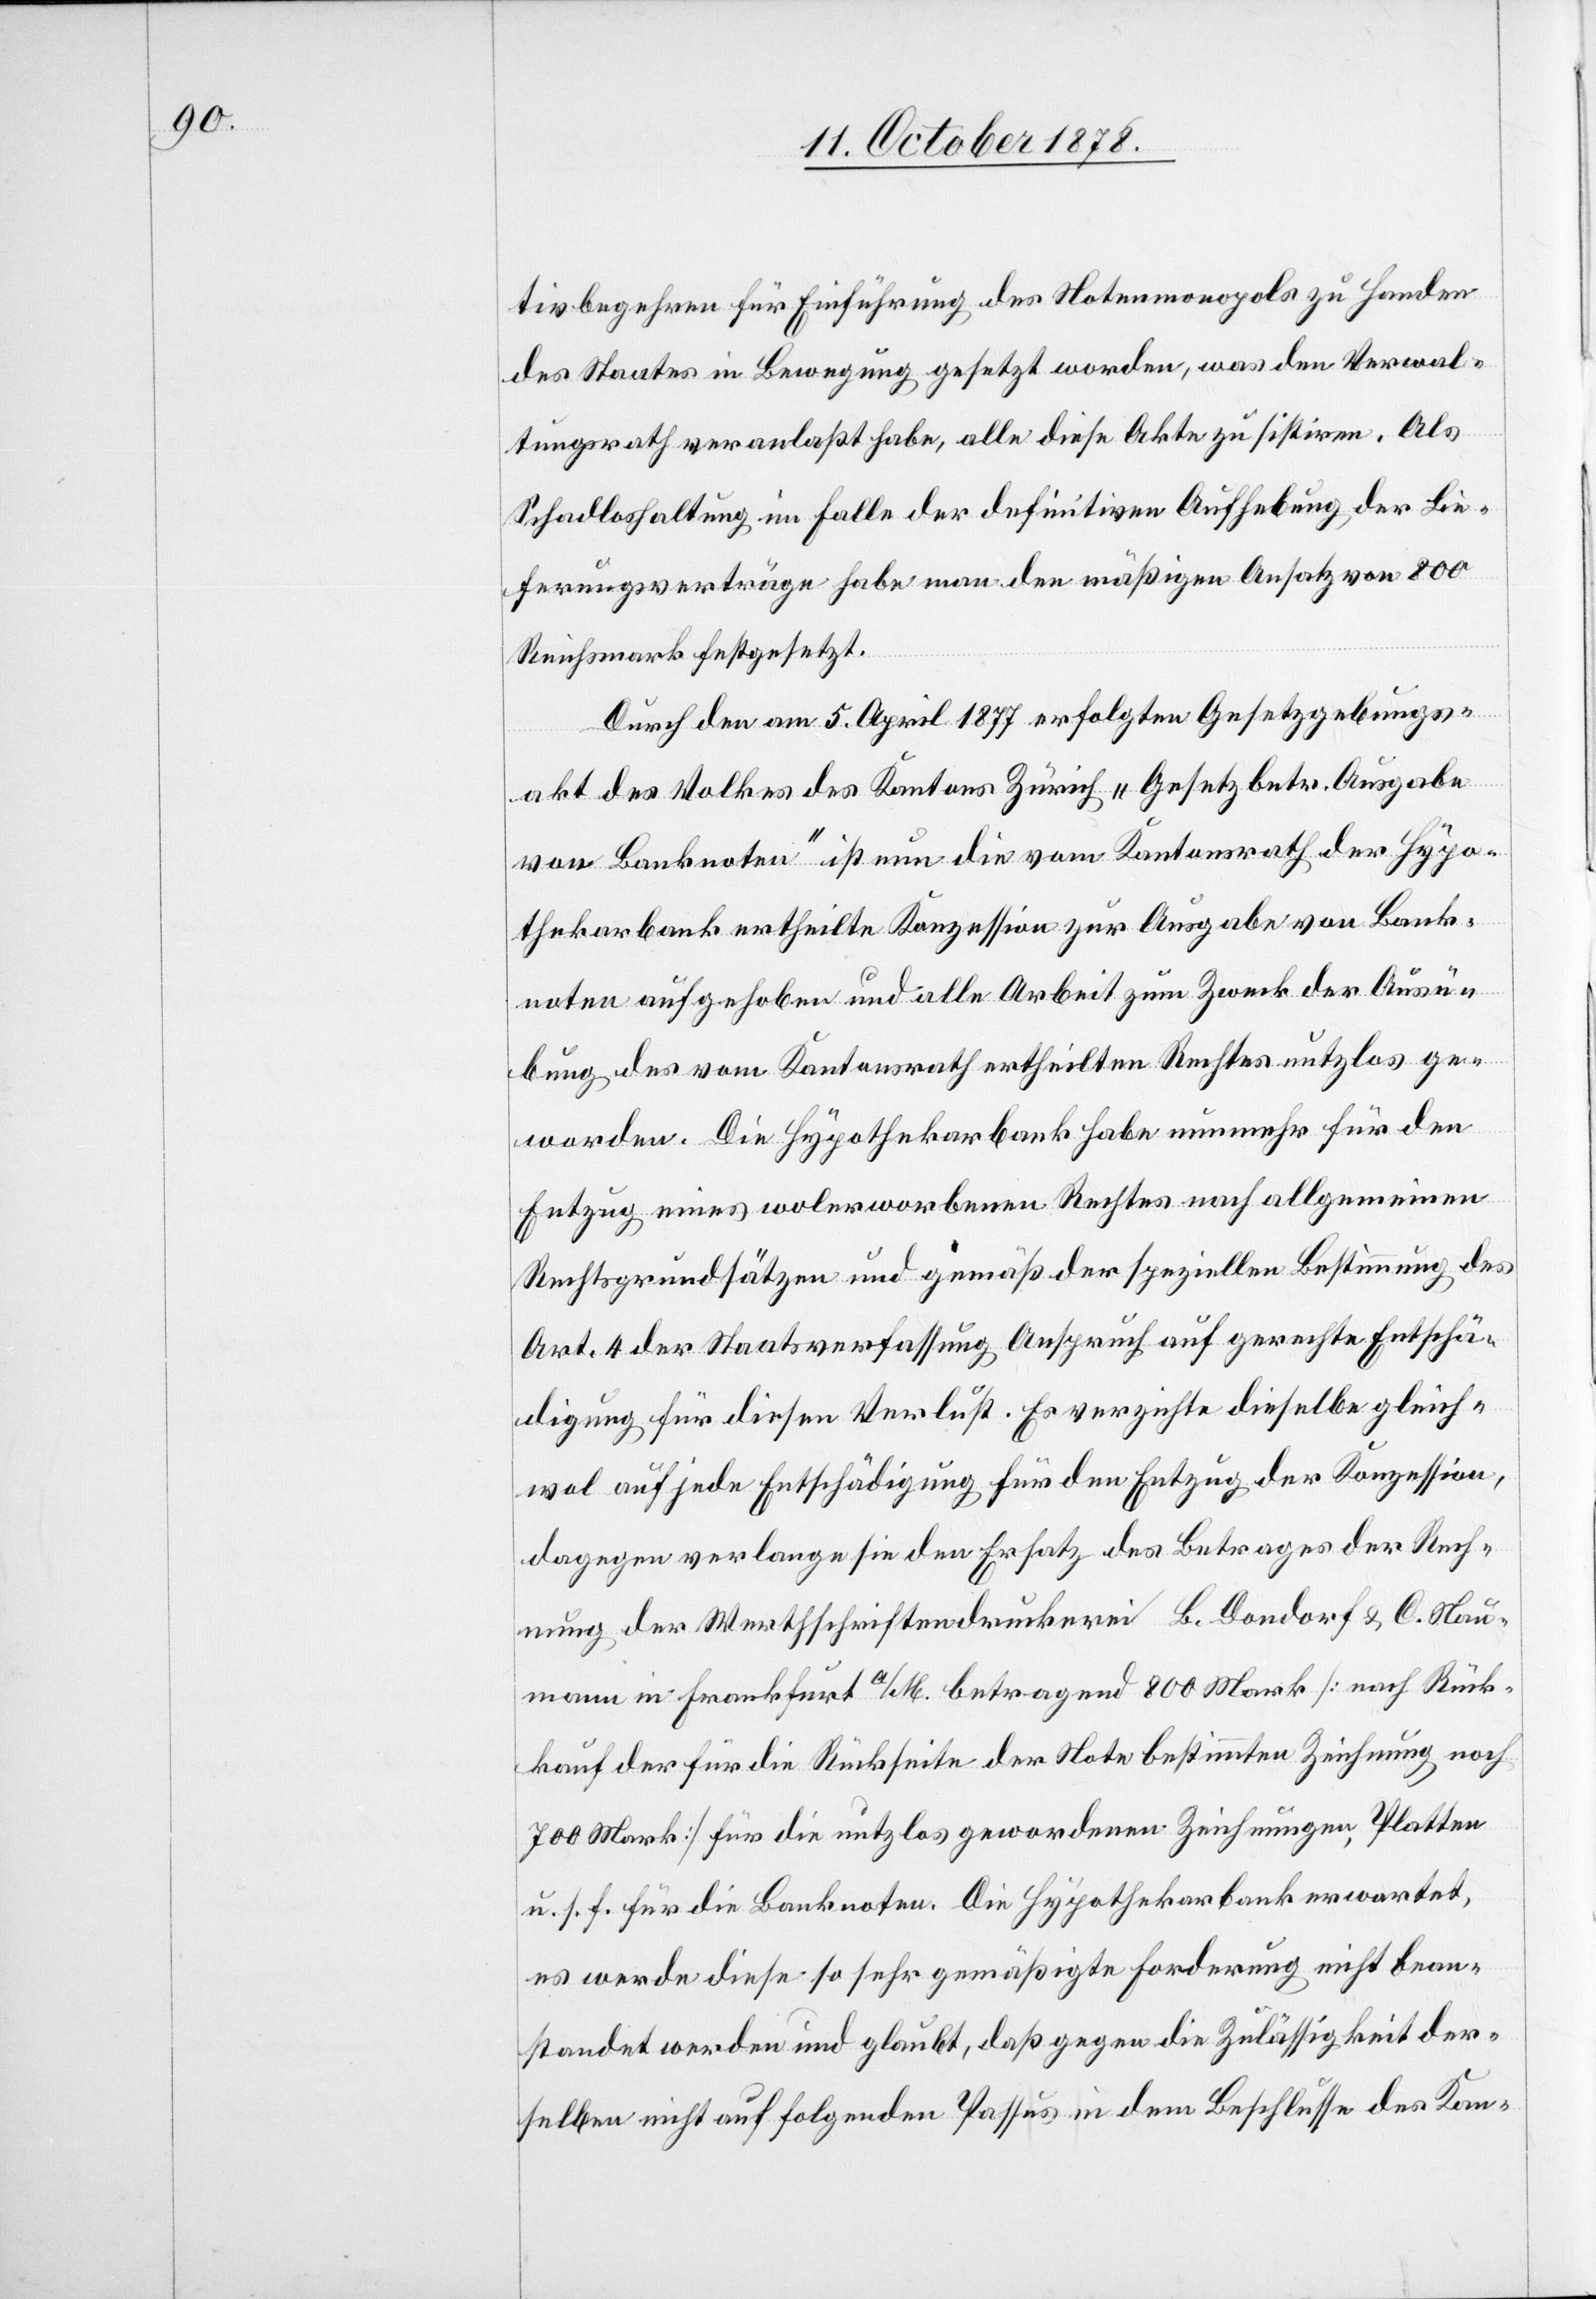
tivbegehren für Einführung des Notenmonopols zu Handen
des Staates in Bewegung gesetzt worden, was den Verwal¬
tungsrath veranlaßt habe, alle diese Akte[n] zu sistiren. Als
Schadloshaltung im Falle der definitiven Aufhebung der Lie¬
ferungsverträge habe man den mäßigen Ansatz von 800
Reichsmark festgesetzt.
Durch den am 5. April 1877 erfolgten Gesetzgebungs¬
akt des Volkes des Kantons Zürich „Gesetz betr. Ausgabe
von Banknoten“ ist nun die vom Kantonsrath der Hypo¬
thekarbank ertheilte Konzession zur Ausgabe von Bank¬
noten aufgehoben und alle Arbeit zum Zweck der Ausü¬
bung des vom Kantonsrath ertheilten Rechtes nutzlos ge¬
worden. Die Hypothekarbank habe nunmehr für den
Entzug eines wolerworbenen Rechtes nach allgemeinen
Rechtsgrundsätzen und gemäß der speziellen Bestimmung des
Art. 4 der Staatsverfassung Anspruch auf gerechte Entschä¬
digung für diesen Verlust. Es verzichte dieselbe gleich¬
wol auf jede Entschädigung für den Entzug der Konzession,
dagegen verlange sie den Ersatz des Betrages der Rech¬
nung der Werthschriftendruckerei B. Dondorf & C. Nau¬
mann in Frankfurt a/M. betragend 800 Mark [nach Rück¬
kauf der für die Rückseite der Note bestimmten Zeichnung noch
700 Mark] für die nutzlos gewordenen Zeichnungen, Platten
u. s. f. für die Banknoten. Die Hypothekarbank erwartet,
es werde diese so sehr gemäßigte Forderung nicht bean¬
standet werden und glaubt, daß gegen die Zulässigkeit der¬
selben nicht auf folgenden Passus in dem Beschlusse des Kan-